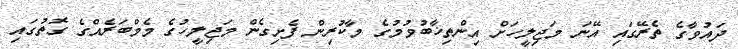
ދައުވާގެ ތެރޭގައި އޭނަ މަޖިލީހަށް އިންތިޚާބުވުމުގެ މާކުރިން ފެށިގެން މަޖިލީހުގެ މެމްބަރެއްގެ ގޮތުގައި